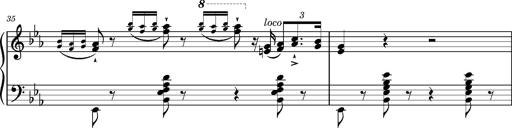
Title: Magyar rapszÃ³diÃ¡k
Composer: Franz Liszt